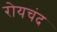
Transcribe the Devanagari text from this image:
रोयचंद